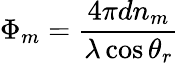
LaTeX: \Phi_{m}=\frac{4\pi dn_{m}}{\lambda\cos\theta_{r}}